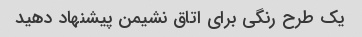
یک طرح رنگی برای اتاق نشیمن پیشنهاد دهید